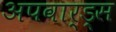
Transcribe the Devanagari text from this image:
अपवार्ड्स